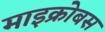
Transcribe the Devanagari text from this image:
माइक्रोबस